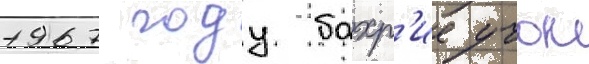
1967 году бахр'ие учок